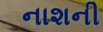
નાશની